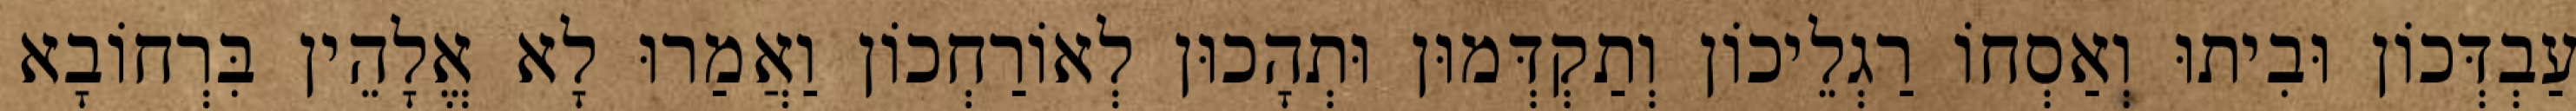
עַבְדְּכוֹן וּבִיתוּ וְאַסְחוֹ רַגְלֵיכוֹן וְתַקְדְּמוּן וּתְהָכוּן לְאוֹרַחְכוֹן וַאֲמַרוּ לָא אֱלָהֵין בִּרְחוֹבָא